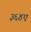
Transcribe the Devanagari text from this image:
३६४ए